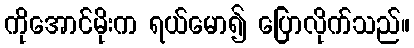
ကိုအောင်မိုးက ရယ်မော၍ ပြောလိုက်သည်။